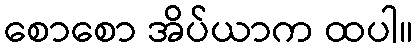
စောစော အိပ်ယာက ထပါ။